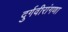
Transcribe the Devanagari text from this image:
दुर्गवीरांगणा